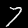
Label: 7